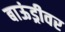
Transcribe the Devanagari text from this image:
बाऊंड्रीवर